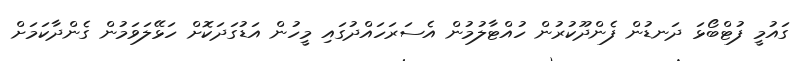
ގައުމީ ފުޓްބޯޅަ ދަނޑުން ފެންދޫކުރުން ހުއްޓާލުމުން އެސަރަހައްދުގައި މީހުން އަޑުގަދަކޮށް ހަޅޭލަވަމުން ގެންދާކަމަށް